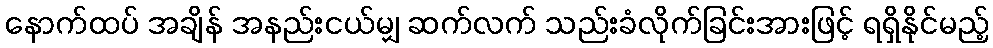
နောက်ထပ် အချိန် အနည်းငယ်မျှ ဆက်လက် သည်းခံလိုက်ခြင်းအားဖြင့် ရရှိနိုင်မည့်